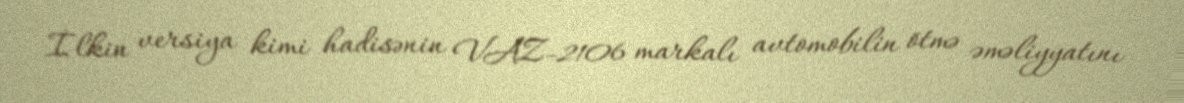
İlkin versiya kimi hadisənin VAZ-2106 markalı avtomobilin ötmə əməliyyatını